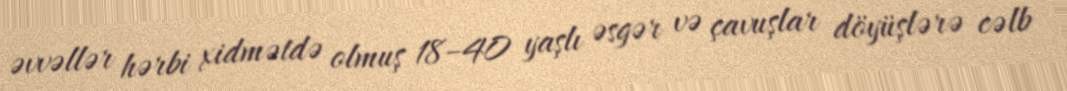
əvvəllər hərbi xidmətdə olmuş 18–40 yaşlı əsgər və çavuşlar döyüşlərə cəlb